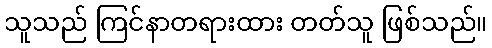
သူသည် ကြင်နာတရားထား တတ်သူ ဖြစ်သည်။